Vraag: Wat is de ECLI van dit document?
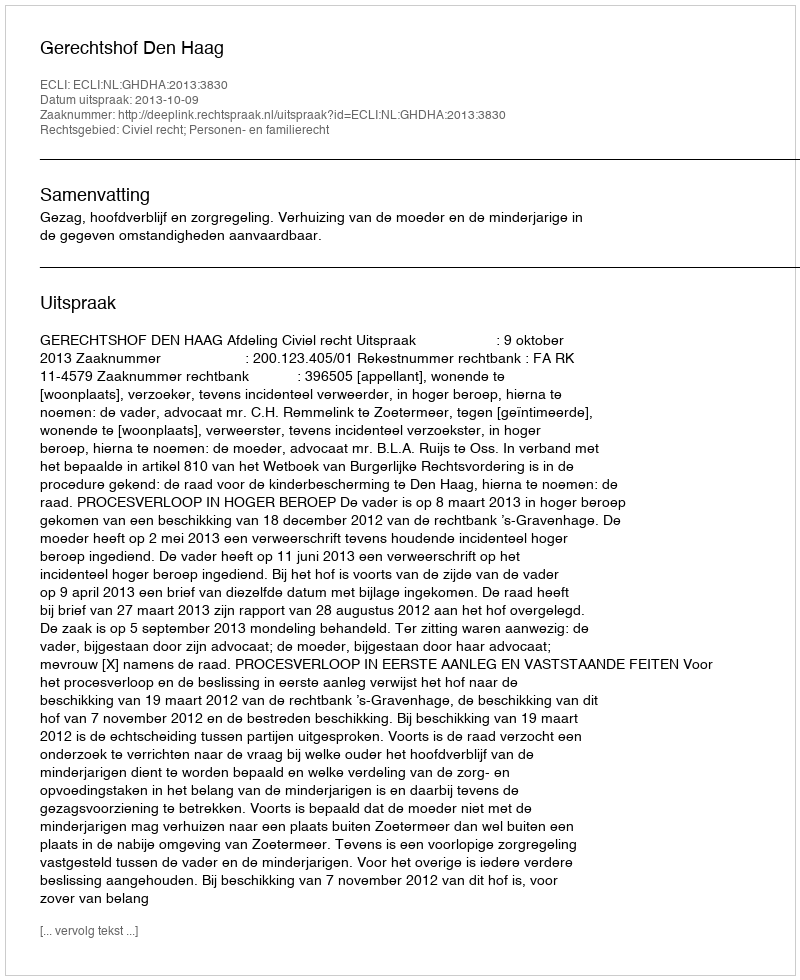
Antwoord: ECLI:NL:GHDHA:2013:3830